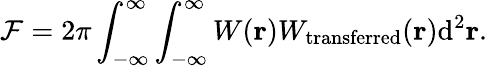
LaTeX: \mathcal{F}=2\pi\int_{-\infty}^{\infty}\int_{-\infty}^{\infty}W(\textbf{r})W_{\mathrm{transferred}}(\textbf{r})\mathrm{d}^{2}\textbf{r}.